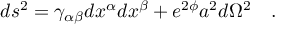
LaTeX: d s ^ { 2 } = \gamma _ { \alpha \beta } d x ^ { \alpha } d x ^ { \beta } + e ^ { 2 \phi } a ^ { 2 } d \Omega ^ { 2 } ~ ~ ~ .